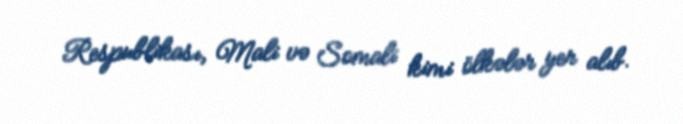
Respublikası, Mali və Somali kimi ölkələr yer alıb.